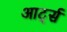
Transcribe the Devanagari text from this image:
आर्ट्स